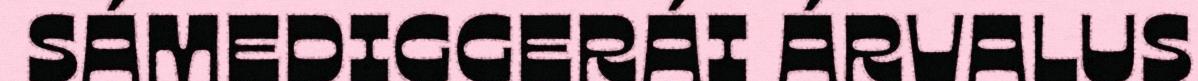
SÁMEDIGGERÁI ÁRVALUS